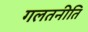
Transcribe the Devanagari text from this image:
गलतनीति